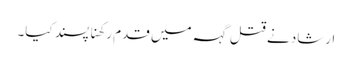
ارشاد نے قتل گہہ میں قدم رکھنا پسند کیا۔